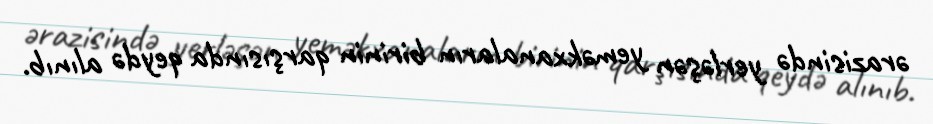
ərazisində yerləşən yeməkxanaların birinin qarşısında qeydə alınıb.